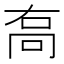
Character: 𠳮